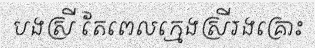
បងស្រី តែពេលក្មេងស្រីរងគ្រោះ